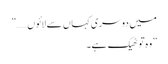
میں دوسری کہاں سے لائوں……”
”وہ تو ٹھیک ہے۔